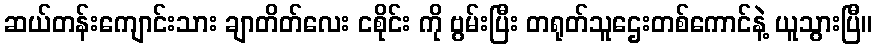
ဆယ်တန်းကျောင်းသား ချာတိတ်လေး ငစိုင်း ကို ဗွမ်းပြီး တရုတ်သူဌေးတစ်ကောင်နဲ့ ယူသွားပြီ။